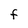
Character: F